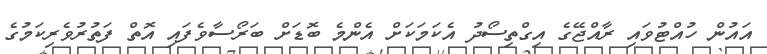
އައުން ހުއްޓުވައި ރާއްޖޭގެ އިގްތިސޯދު އެކަމަކަށް އެންމެ ބޮޑަށް ބަރޯސާވެފައި އޮތް ފަތުރުވެރިކަމުގެ